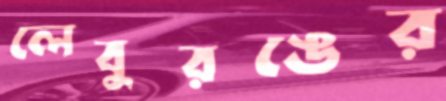
লেবুরঙের